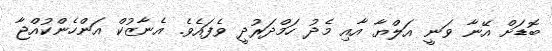
ބޮޑަށް އޭނާ ވަނީ އަލްޔާ އާއި މެދު ހަމްދަރުދީ ވެފައެވެ. އެނާޒުކް އަންހެންކުއްޖާ